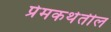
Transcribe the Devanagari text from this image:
प्रेमकथेतील